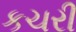
કચરી